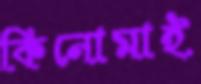
কিনোমাই